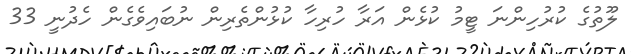
ލޫތުގެ ކުރުހިންނަ ޓީމު ކުޅެން އަރާ ހުރިހާ ކުޅުންތެރިން ނުބައިވެގެން ހެދުނީ 33